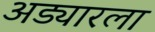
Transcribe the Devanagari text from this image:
अड्यारला